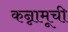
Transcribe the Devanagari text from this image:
कन्नामूची